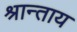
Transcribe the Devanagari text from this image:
श्रान्ताय